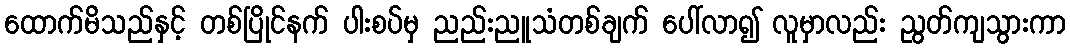
ထောက်မိသည်နှင့် တစ်ပြိုင်နက် ပါးစပ်မှ ညည်းညူသံတစ်ချက် ပေါ်လာ၍ လူမှာလည်း ညွတ်ကျသွားကာ